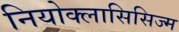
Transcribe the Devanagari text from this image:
नियोक्लासिसिज्म